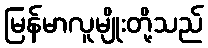
မြန်မာလူမျိုးတို့သည်